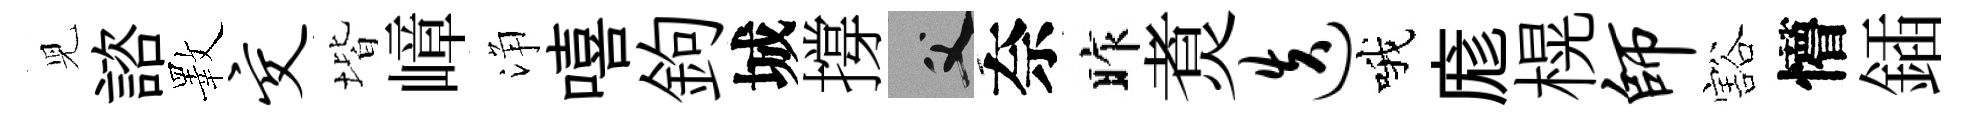
児諮斁交堦嶂浄嘻鉤城撐父奈昨煑迭哦庬榥师豁懵鍤